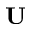
\mathbf { U }